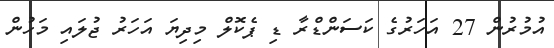
އުމުރުން 27 އަހަރުގެ ކަސަންޑްރާ ޑި ޕެކޮލް މިދިޔަ އަހަރު ޖުލައި މަހުން